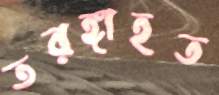
তরঙ্গাহত